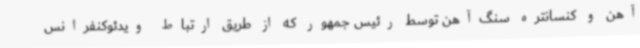
آهن و کنسانتره سنگ‌آهن توسط رئیس جمهور که از طریق ارتباط ویدئوکنفرانس